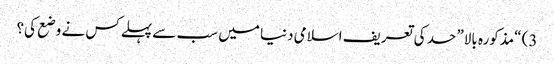
3) “مذکورہ بالا” حد کی تعریف اسلامی دنیا میں سب سے پہلےکس نے وضع کی؟